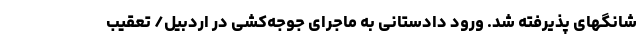
شانگهای پذیرفته شد. ورود دادستانی به ماجرای جوجه‌کُشی در اردبیل/ تعقیب